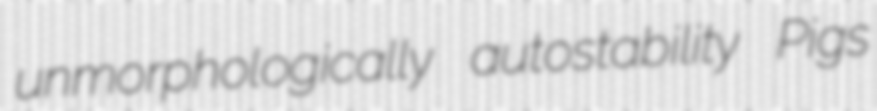
unmorphologically autostability Pigs